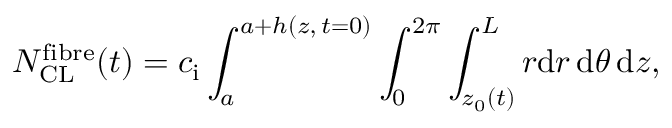
N _ { \mathrm { C L } } ^ { \mathrm { f i b r e } } ( t ) = c _ { \mathrm { i } } \int _ { a } ^ { a + h ( z , \, t = 0 ) } \int _ { 0 } ^ { 2 \pi } \int _ { z _ { 0 } ( t ) } ^ { L } r \mathrm { d } r \, \mathrm { d } \theta \, \mathrm { d } z ,